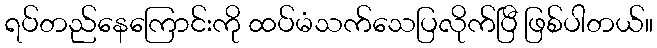
ရပ်တည်နေကြောင်းကို ထပ်မံသက်သေပြလိုက်ပြီ ဖြစ်ပါတယ်။